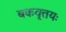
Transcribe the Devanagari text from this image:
बकवृत्तयः